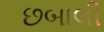
છબાલી